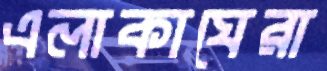
এলাকাঘেরা